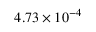
4 . 7 3 \times 1 0 ^ { - 4 }